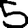
Digit: 5